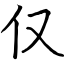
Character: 仅